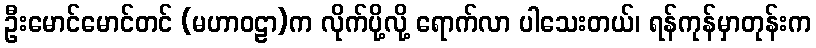
ဦးမောင်မောင်တင် (မဟာဝဠာ)က လိုက်ပို့လို့ ရောက်လာ ပါသေးတယ်၊ ရန်ကုန်မှာတုန်းက